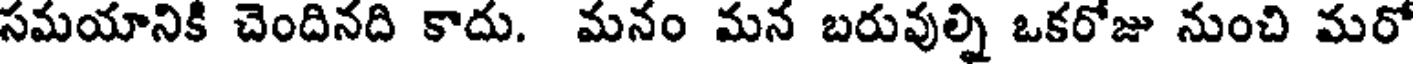
సమయానికి చెందినది కాదు. మనం మన బరువుల్ని ఒకరోజు నుంచి మరో